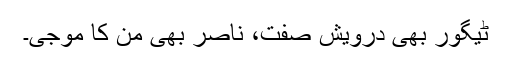
ٹیگور بھی درویش صفت، ناصر بھی من کا موجی۔